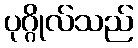
ပုဂ္ဂိုလ်သည်